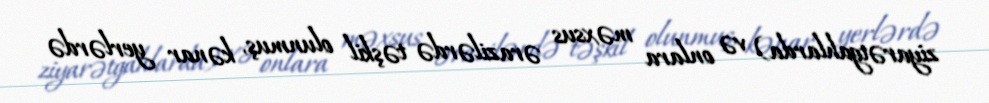
ziyarətgahlarda) və onlara məxsus ərazilərdə təşkil olunmuş, kənar yerlərdə